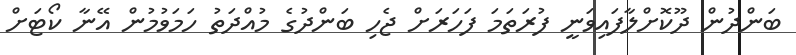
ބަންދުން ދޫކޮށްލާފައިވަނީ ފުރަތަމަ ފަހަރަށް ޖެހި ބަންދުގެ މުއްދަތު ހަމަވުމުން އޭނާ ކޯޓަށް